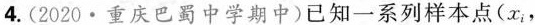
4.(2020·重庆巴蜀中学期中)已知一系列样本点(x_{i}，